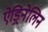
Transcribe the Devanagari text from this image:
ऐड्रिनेलिन